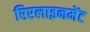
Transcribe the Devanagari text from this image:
रिएलाइनमेंट